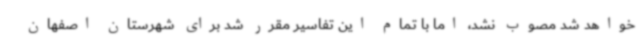
خواهد شد مصوب نشد، اما با تمام این تفاسیر مقرر شد برای شهرستان اصفهان